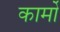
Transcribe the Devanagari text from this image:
कार्मों